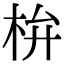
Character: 㭓